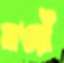
বাওরী